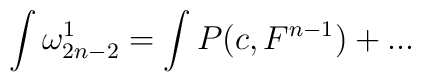
\int\omega^{1}_{2n-2}=\int P(c,F^{n-1})+...